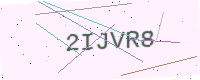
Text: 2IJVR8